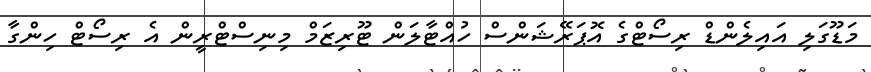
މަޑޫގަލި އައިލެންޑް ރިސޯޓްގެ އޮޕަރޭޝަންސް ހުއްޓާލަން ޓޫރިޒަމް މިނިސްޓްރީން އެ ރިސޯޓް ހިންގާ